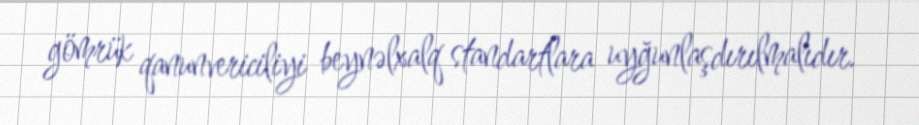
gömrük qanunvericiliyi beynəlxalq standartlara uyğunlaşdırılmalıdır.